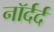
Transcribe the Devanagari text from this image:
नॉर्दर्द